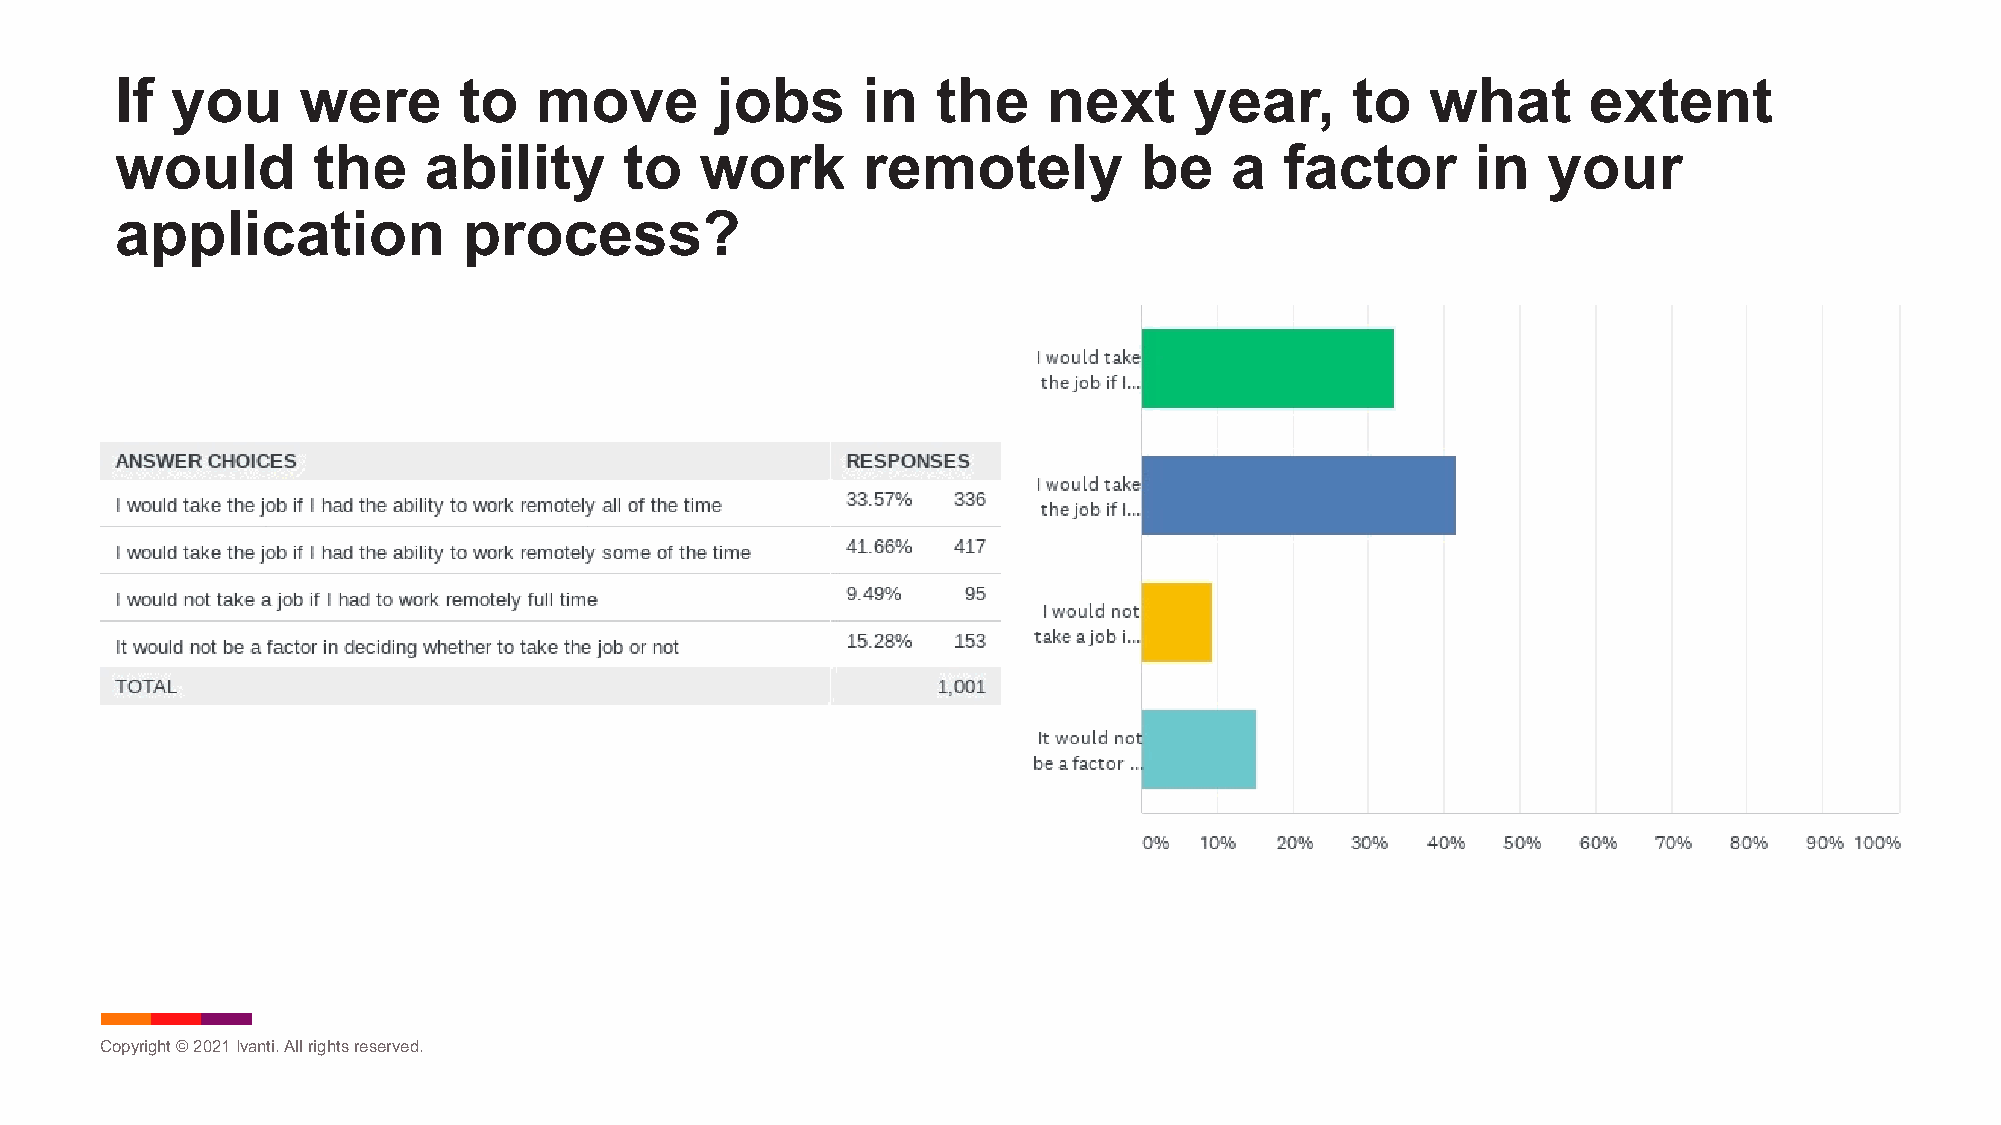
If you      were      to   move        jobs      in   the    next      year,     to    what      extent
 would        the    ability      to   work       remotely          be    a   factor       in  your
 application            process?
 Copyright © 2021Ivanti. All rights reserved.